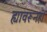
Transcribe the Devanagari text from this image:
ह्यावरूनही